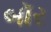
બૉર